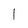
Character: l